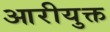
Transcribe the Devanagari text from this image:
आरीयुक्त